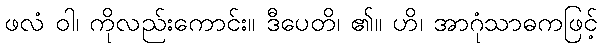
ဖလံ ဝါ၊ ကိုလည်းကောင်း။ ဒီပေတိ၊ ၏။ ဟိ၊ အာဂုံသာဓကဖြင့်